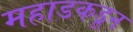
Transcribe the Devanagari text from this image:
महाडकडून